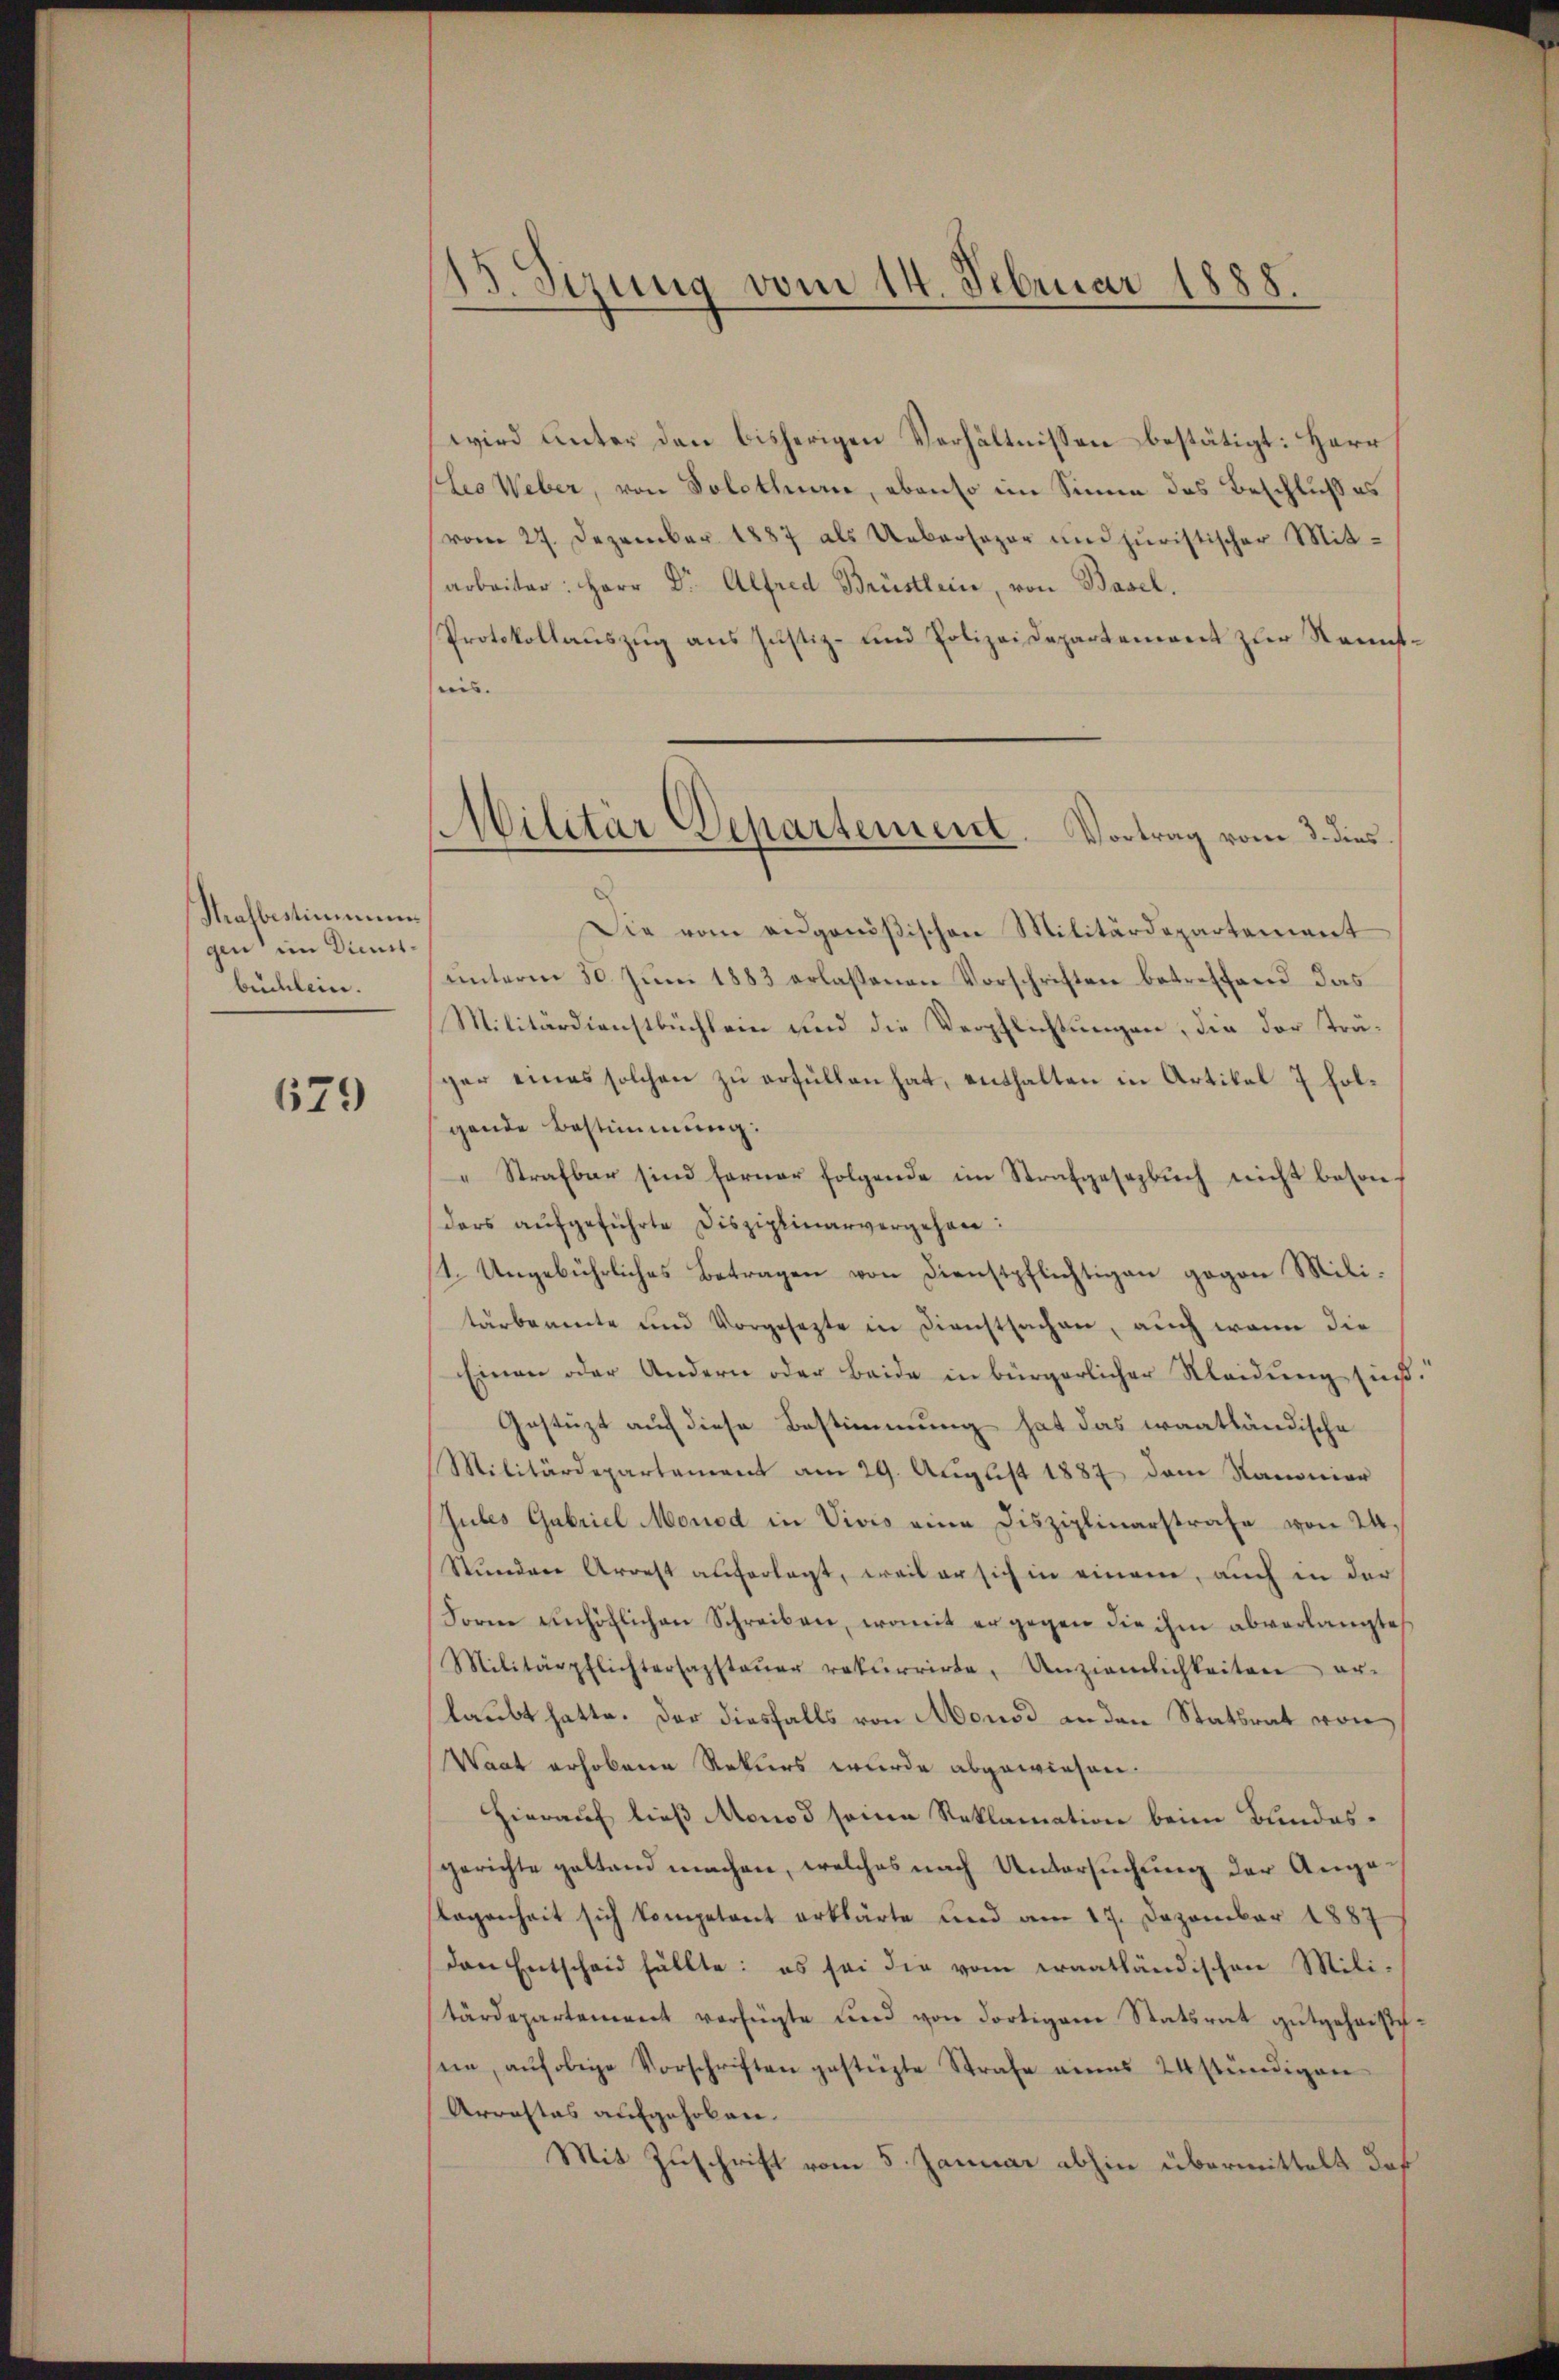
Thrafbestimmun
gen im Dienstbüchlein.

679

3. Sizung vom 14. Februar 1888.

wird unter den bisherigen Verhältnissen bestätigt: Herr
(Leo Weber, von Solothurn, ebenso im Sinne des Beschluß es
vom 27. Dezember 1887 als Uebersager und juristischer Mit-
arbeiter: Herr Dr. Alfred Brüstlein, von Basel.
Protokollauszug aus Justiz- und Polizeidepartement zur Raunstnis.
Die vom aŭgenößischen Militärdepartement
ŭnterm 30. Jŭni 1883 erlassenen Vorschriften betreffend das
Militärdienstbüchlein und die Verpflichtungen, die der Träger eines solchen zu erfüllen hat, enthalten in Artikel 7 holgende Bestimmung:
Strafbar sind ferner folgende im Strafgesezbuch nicht besonders aufgeführte Disziplinarvergehen:
1. Ungebührliches Betragen von Dienstpflichtigen gegen Militärbeamte und Vorgesezte in Dienstsachen, auch wenn die
Einen oder Andern oder beide in bürgerlicher Kleidung sind.“
Gestützt auf diese Bestimmung hat das waatländische
Militärdepartement am 29. August 1887 dem Kanonier
Gubes Gabriel Monod in Vivis eine Disziplinarstrafe von 24.
Stundere Arrest auferlegt, weil er sich in einem, auch in der
Sorne unhöflichen Schreiben, womit er gegen die ihm abverlangtes
Militärpflichtersagsteŭer rekurrirte, Anziemlichkeiten er-
laubt hatte. Der diesfalls von Monsd an den Statsrat von
Waat erhobene Rekurs wurde abgewiesen.
Hierauf ließ Monod seine Reklamation beim Bundesgerichte gestand machen, welches nach Untersŭchŭng der Anga-
legenheit sich kompetent erklärte und am 17. Dezember 1887
Den Entscheid fällte: es sei die vom Fraatländischen Mili-
tärdepartement verfügte und von dortigem Statsrat gutgeheisch-
sein, aŭf obige Vorschriften gestüzte Strafe eines 24 stündigen
Arrastas aufgehoben.
Mit Zuschrift vom 5. Januar abhin übermittelt daß

Militär Departement. Vortrag vom 3. dies